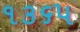
૧૩૬૫